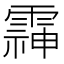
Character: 䨩